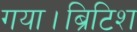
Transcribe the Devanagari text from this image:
गया।ब्रिटिश